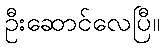
ဦးဆောင်လေပြီ။